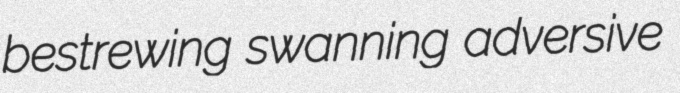
bestrewing swanning adversive